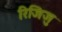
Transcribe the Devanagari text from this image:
रिजिजु